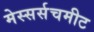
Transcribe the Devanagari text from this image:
मेस्सर्सचमीट